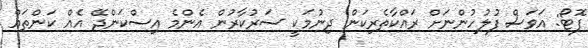
ފޮޓޯ: އަވަސް ފުލުހުންނަށް ރައްކާތެރިކަން ދިނުމަކީ ސަރުކާރުން އެންމެ އިސްކަންދޭ އެއް ކަންތައް